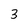
Character: 3